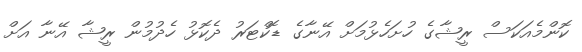
ކޮންމެއަކަސް ރީޝާގެ ހުށަހެޅުމަށް އޭނާގެ ޑޮކްޓަރު ދެކޮޅު ހެދުމުން ރީޝާ އޭނާ އަށް